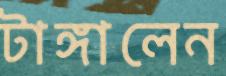
টাঙ্গালেন